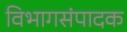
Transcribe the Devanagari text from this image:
विभागसंपादक